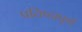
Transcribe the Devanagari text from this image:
प्रतिष्ठापूर्ण